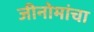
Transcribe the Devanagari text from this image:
जीनोमांचा